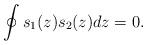
LaTeX: \begin{align*}\oint s_{1}(z) s_2(z)dz=0.\end{align*}